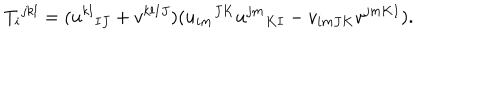
T _ { i } { } ^ { j k l } = ( u ^ { k l } { } _ { I J } + v ^ { k l I J } ) ( u _ { i m } { } ^ { J K } u ^ { j m } { } _ { K I } - v _ { i m J K } v ^ { j m K I } ) .